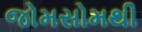
જોમસોમથી